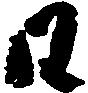
日